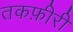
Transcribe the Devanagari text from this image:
तकफ़ीरी